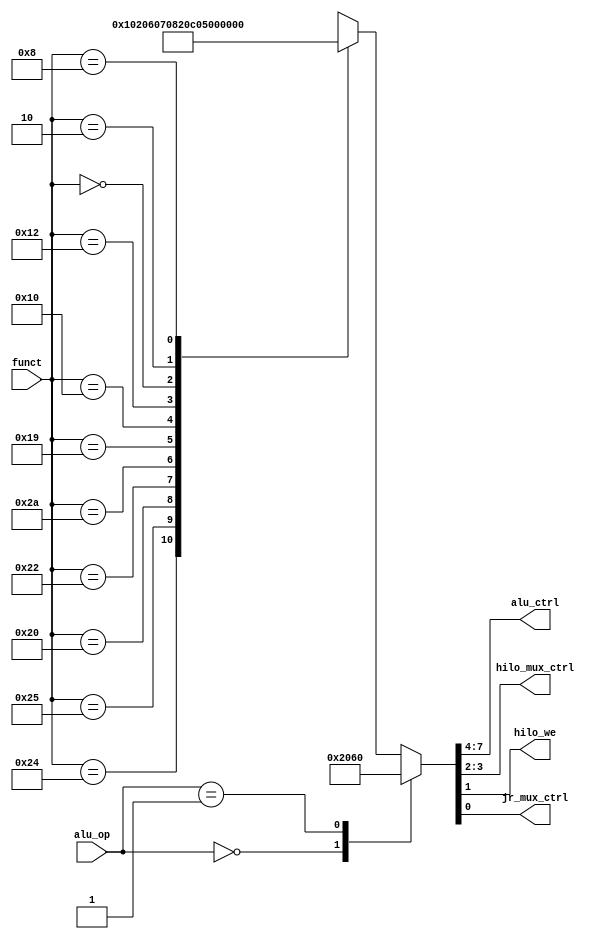
module auxdec (
        input  wire [1:0] alu_op,
        input  wire [5:0] funct,
        output wire [3:0] alu_ctrl,
        output wire [1:0] hilo_mux_ctrl,
        output wire hilo_we,
        output wire jr_mux_ctrl
    );

    reg [7:0] ctrl;

    assign {alu_ctrl, hilo_mux_ctrl, hilo_we, jr_mux_ctrl} = ctrl;

    always @ (alu_op, funct) begin
        case (alu_op)
            2'b00: ctrl = 8'b0010_00_0_0;          // ADD
            2'b01: ctrl = 8'b0110_00_0_0;          // SUB
            default: case (funct)
                6'b10_0100: ctrl = 8'b0000_00_0_0; // AND
                6'b10_0101: ctrl = 8'b0001_00_0_0; // OR
                6'b10_0000: ctrl = 8'b0010_00_0_0; // ADD
                6'b10_0010: ctrl = 8'b0110_00_0_0; // SUB
                6'b10_1010: ctrl = 8'b0111_00_0_0; // SLT
                6'b01_1001: ctrl = 8'b1000_00_1_0; // MULTU
                6'b01_0000: ctrl = 8'b0000_11_0_0; // MFHI
                6'b01_0010: ctrl = 8'b0000_01_0_0; // MFLO
                6'b00_0000: ctrl = 8'b1001_00_0_0; // SLL
                6'b00_0010: ctrl = 8'b1010_00_0_0; // SRL
                6'b00_1000: ctrl = 8'b0000_00_0_1; // JR
                default:    ctrl = 8'bxxxx_xx_x_x;
            endcase
        endcase
    end

endmodule